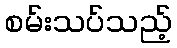
စမ်းသပ်သည့်